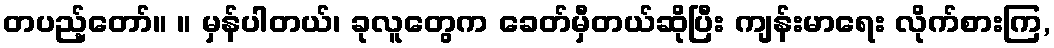
တပည့်တော်။ ။ မှန်ပါတယ်၊ ခုလူတွေက ခေတ်မှီတယ်ဆိုပြီး ကျန်းမာရေး လိုက်စားကြ,